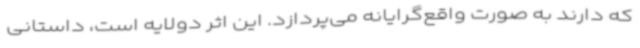
که دارند به صورت واقع‌گرایانه می‌پردازد. این اثر دولایه است، داستانی